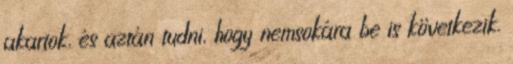
akartok, és aztán tudni, hogy nemsokára be is következik.